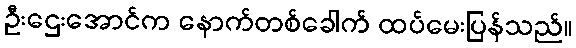
ဦးဌေးအောင်က နောက်တစ်ခေါက် ထပ်မေးပြန်သည်။